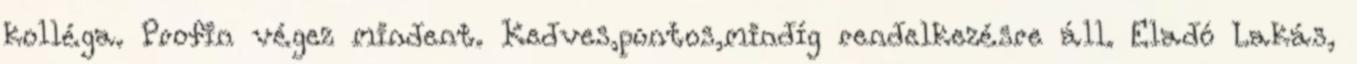
kolléga. Profin végez mindent. Kedves,pontos,mindíg rendelkezésre áll. Eladó Lakás,